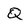
Character: Q